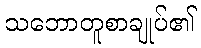
သဘောတူစာချုပ်၏